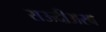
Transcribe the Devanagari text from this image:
सऊदीअरब